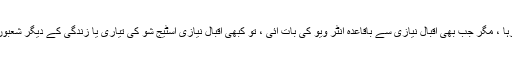
ڈرامہ کی تاریخ اور موجودہ صورت حال کے تعلق سے کچھ جاننے کا تجسس ہمیں بھی رہا ، مگر جب بھی اقبال نیازی سے باقاعدہ انٹر ویو کی بات آئی ، تو کبھی اقبال نیازی اسٹیج شو کی تیاری یا زندگی کے دیگر شعبوں میں مصروف رہے اور اکثر ہماری مصروفیت تفصیلی گفتگو یا ملاقات کے مانع آ گئی ۔